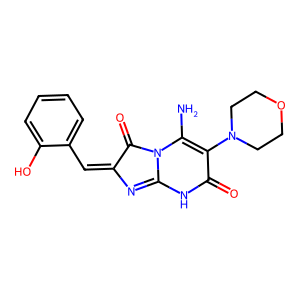
SMILES: NC1=C(N2CCOCC2)C(=O)NC2=NC(=Cc3ccccc3O)C(=O)N21
Inhibits HIV replication: No